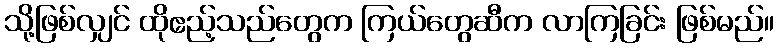
သို့ဖြစ်လျှင် ထိုဧည့်သည်တွေက ကြယ်တွေဆီက လာကြခြင်း ဖြစ်မည်။